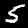
Digit: 5